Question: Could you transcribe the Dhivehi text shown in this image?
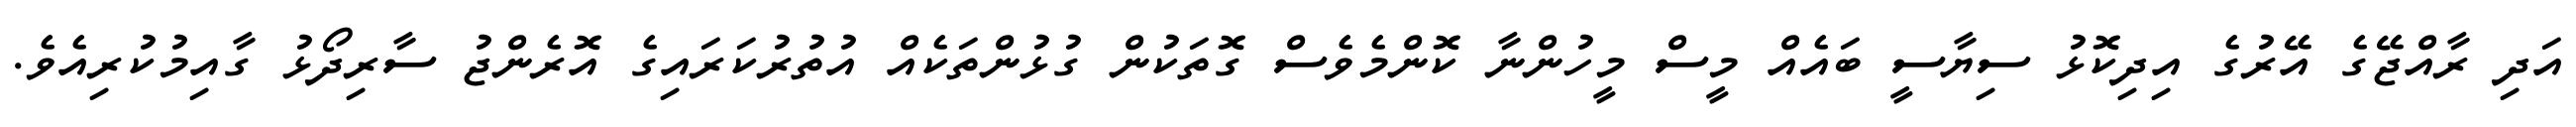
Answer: އަދި ރާއްޖޭގެ އޭރުގެ އިދިކޮޅު ސިޔާސީ ބައެއް މީސް މީހުންނާ ކޮންމެވެސް ގޮތަކުން ގުޅުންތަކެއް އުތުރުކަރައިގެ އޮރެންޖު ސާރިދޯޅު ގާއިމުކުރިއެވެ.